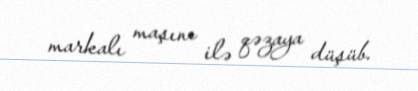
markalı maşını ilə qəzaya düşüb.